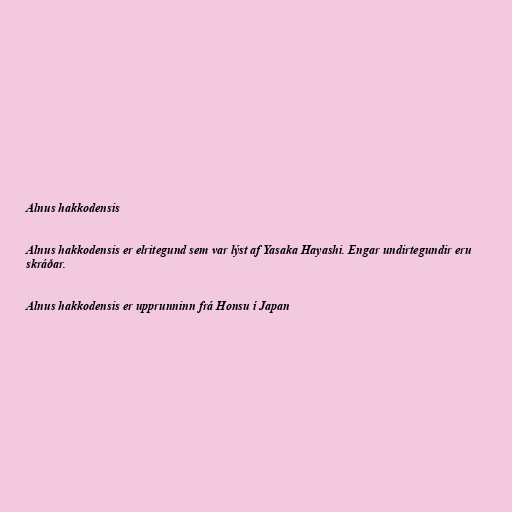
Alnus hakkodensis

Alnus hakkodensis er elritegund sem var lýst af Yasaka Hayashi. Engar undirtegundir eru
skráðar.

Alnus hakkodensis er upprunninn frá Honsu í Japan